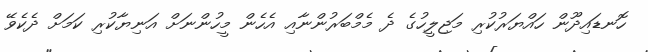
ހޮނޑައިދޫން ހައްޔަރުކުރި މަޖިލީހުގެ ދެ މެމްބަރުންނާއި އެހެން މީހުންނަށް އަނިޔާކުރި ކަމަށް ދެކެވޭ